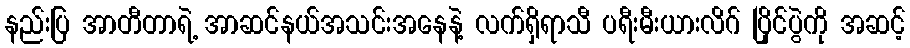
နည်းပြ အာတီတာရဲ့ အာဆင်နယ်အသင်းအနေနဲ့ လက်ရှိရာသီ ပရီးမီးယားလိဂ် ပြိုင်ပွဲကို အဆင့်